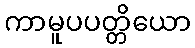
ကာမူပပတ္တိယော